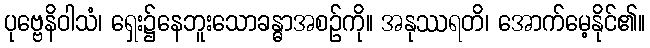
ပုဗ္ဗေနိဝါသံ၊ ရှေး၌နေဘူးသောခန္ဓာအစဉ်ကို။ အနုဿရတိ၊ အောက်မေ့နိုင်၏။